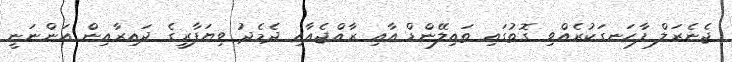
ޖެނެރަލް ފާހަނގަކުރެއްވި ގޮތުގައި ތައިލޭންޑް އާއި ރާއްޖެއާއި ދެމެދު ވިޔަފާރީގެ ދައިރާއިން އަންނަނީ